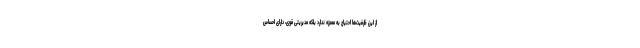
از این ظرفیت‌ها احتیاج به معجزه ندارد بلکه مدیریتی قوی، دارای احساس